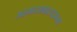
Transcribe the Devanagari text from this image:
अहमदाबादवरून